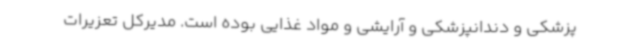
پزشکی و دندانپزشکی و آرایشی و مواد غذایی بوده است. مدیرکل تعزیرات